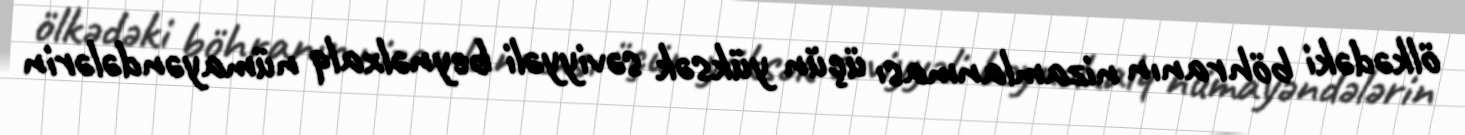
ölkədəki böhranın nizamlanması üçün yüksək səviyyəli beynəlxalq nümayəndələrin